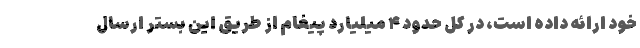
خود ارائه داده است، در کل حدود ۴ میلیارد پیغام از طریق این بستر ارسال